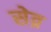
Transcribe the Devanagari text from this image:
सेव्र